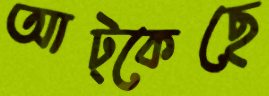
আট্‌কেছে